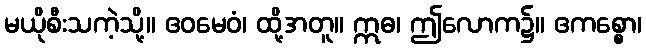
မယိုစီးသကဲ့သို့။ ဧဝမေဝံ၊ ထို့အတူ။ ဣဓ၊ ဤလောက၌။ ဧကစ္စော၊